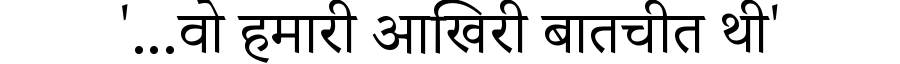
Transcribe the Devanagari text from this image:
'...वो हमारी आखिरी बातचीत थी'